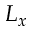
L _ { x }